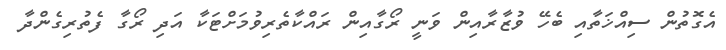
އެގޮތުން ސިއްޚަތާއި ބެހޭ ވުޒާރާއިން ވަނީ ރޯގާއިން ރައްކާތެރިވުމަށްޓަކާ އަދި ރޯގާ ފެތުރިގެންދާ